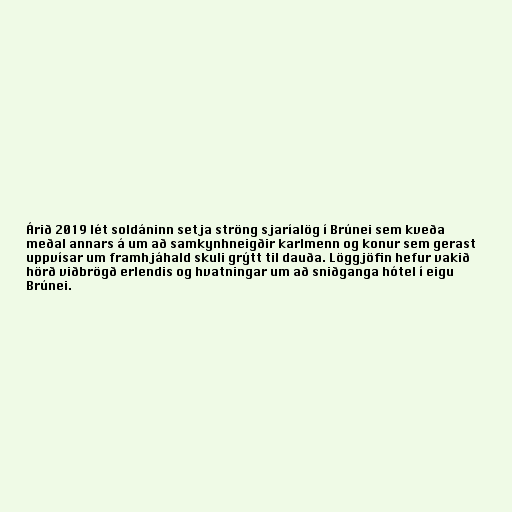
Árið 2019 lét soldáninn setja ströng sjaríalög í Brúnei sem kveða
meðal annars á um að samkynhneigðir karlmenn og konur sem gerast
uppvísar um framhjáhald skuli grýtt til dauða. Löggjöfin hefur vakið
hörð viðbrögð erlendis og hvatningar um að sniðganga hótel í eigu
Brúnei.